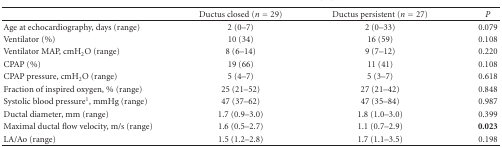
<table><thead><tr><td><b> </b></td><td><b>Ductus closed (<i>n</i> = 29)</b></td><td><b>Ductus persistent (<i>n</i> = 27)</b></td><td><b><i>P</i></b></td></tr></thead><tbody><tr><td>Age at echocardiography, days (range)</td><td>2 (0–7)</td><td>2 (0–33)</td><td>0.079</td></tr><tr><td>Ventilator (%)</td><td>10 (34)</td><td>16 (59)</td><td>0.108</td></tr><tr><td>Ventilator MAP, cmH<sub>2</sub>O (range)</td><td>8 (6–14)</td><td>9 (7–12)</td><td>0.220</td></tr><tr><td>CPAP (%)</td><td>19 (66)</td><td>11 (41)</td><td>0.108</td></tr><tr><td>CPAP pressure, cmH<sub>2</sub>O (range)</td><td>5 (4–7)</td><td>5 (3–7)</td><td>0.618</td></tr><tr><td>Fraction of inspired oxygen, % (range)</td><td>25 (21–52)</td><td>27 (21–42)</td><td>0.848</td></tr><tr><td>Systolic blood pressure<sup>1</sup>, mmHg (range)</td><td>47 (37–62)</td><td>47 (35–84)</td><td>0.987</td></tr><tr><td>Ductal diameter, mm (range)</td><td>1.7 (0.9–3.0)</td><td>1.8 (1.0–3.0)</td><td>0.399</td></tr><tr><td>Maximal ductal flow velocity, m/s (range)</td><td>1.6 (0.5–2.7)</td><td>1.1 (0.7–2.9)</td><td><b>0.023</b></td></tr><tr><td>LA/Ao (range)</td><td>1.5 (1.2–2.8)</td><td>1.7 (1.1–3.5)</td><td>0.198</td></tr></tbody></table>